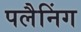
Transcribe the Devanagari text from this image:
पलैनिंग